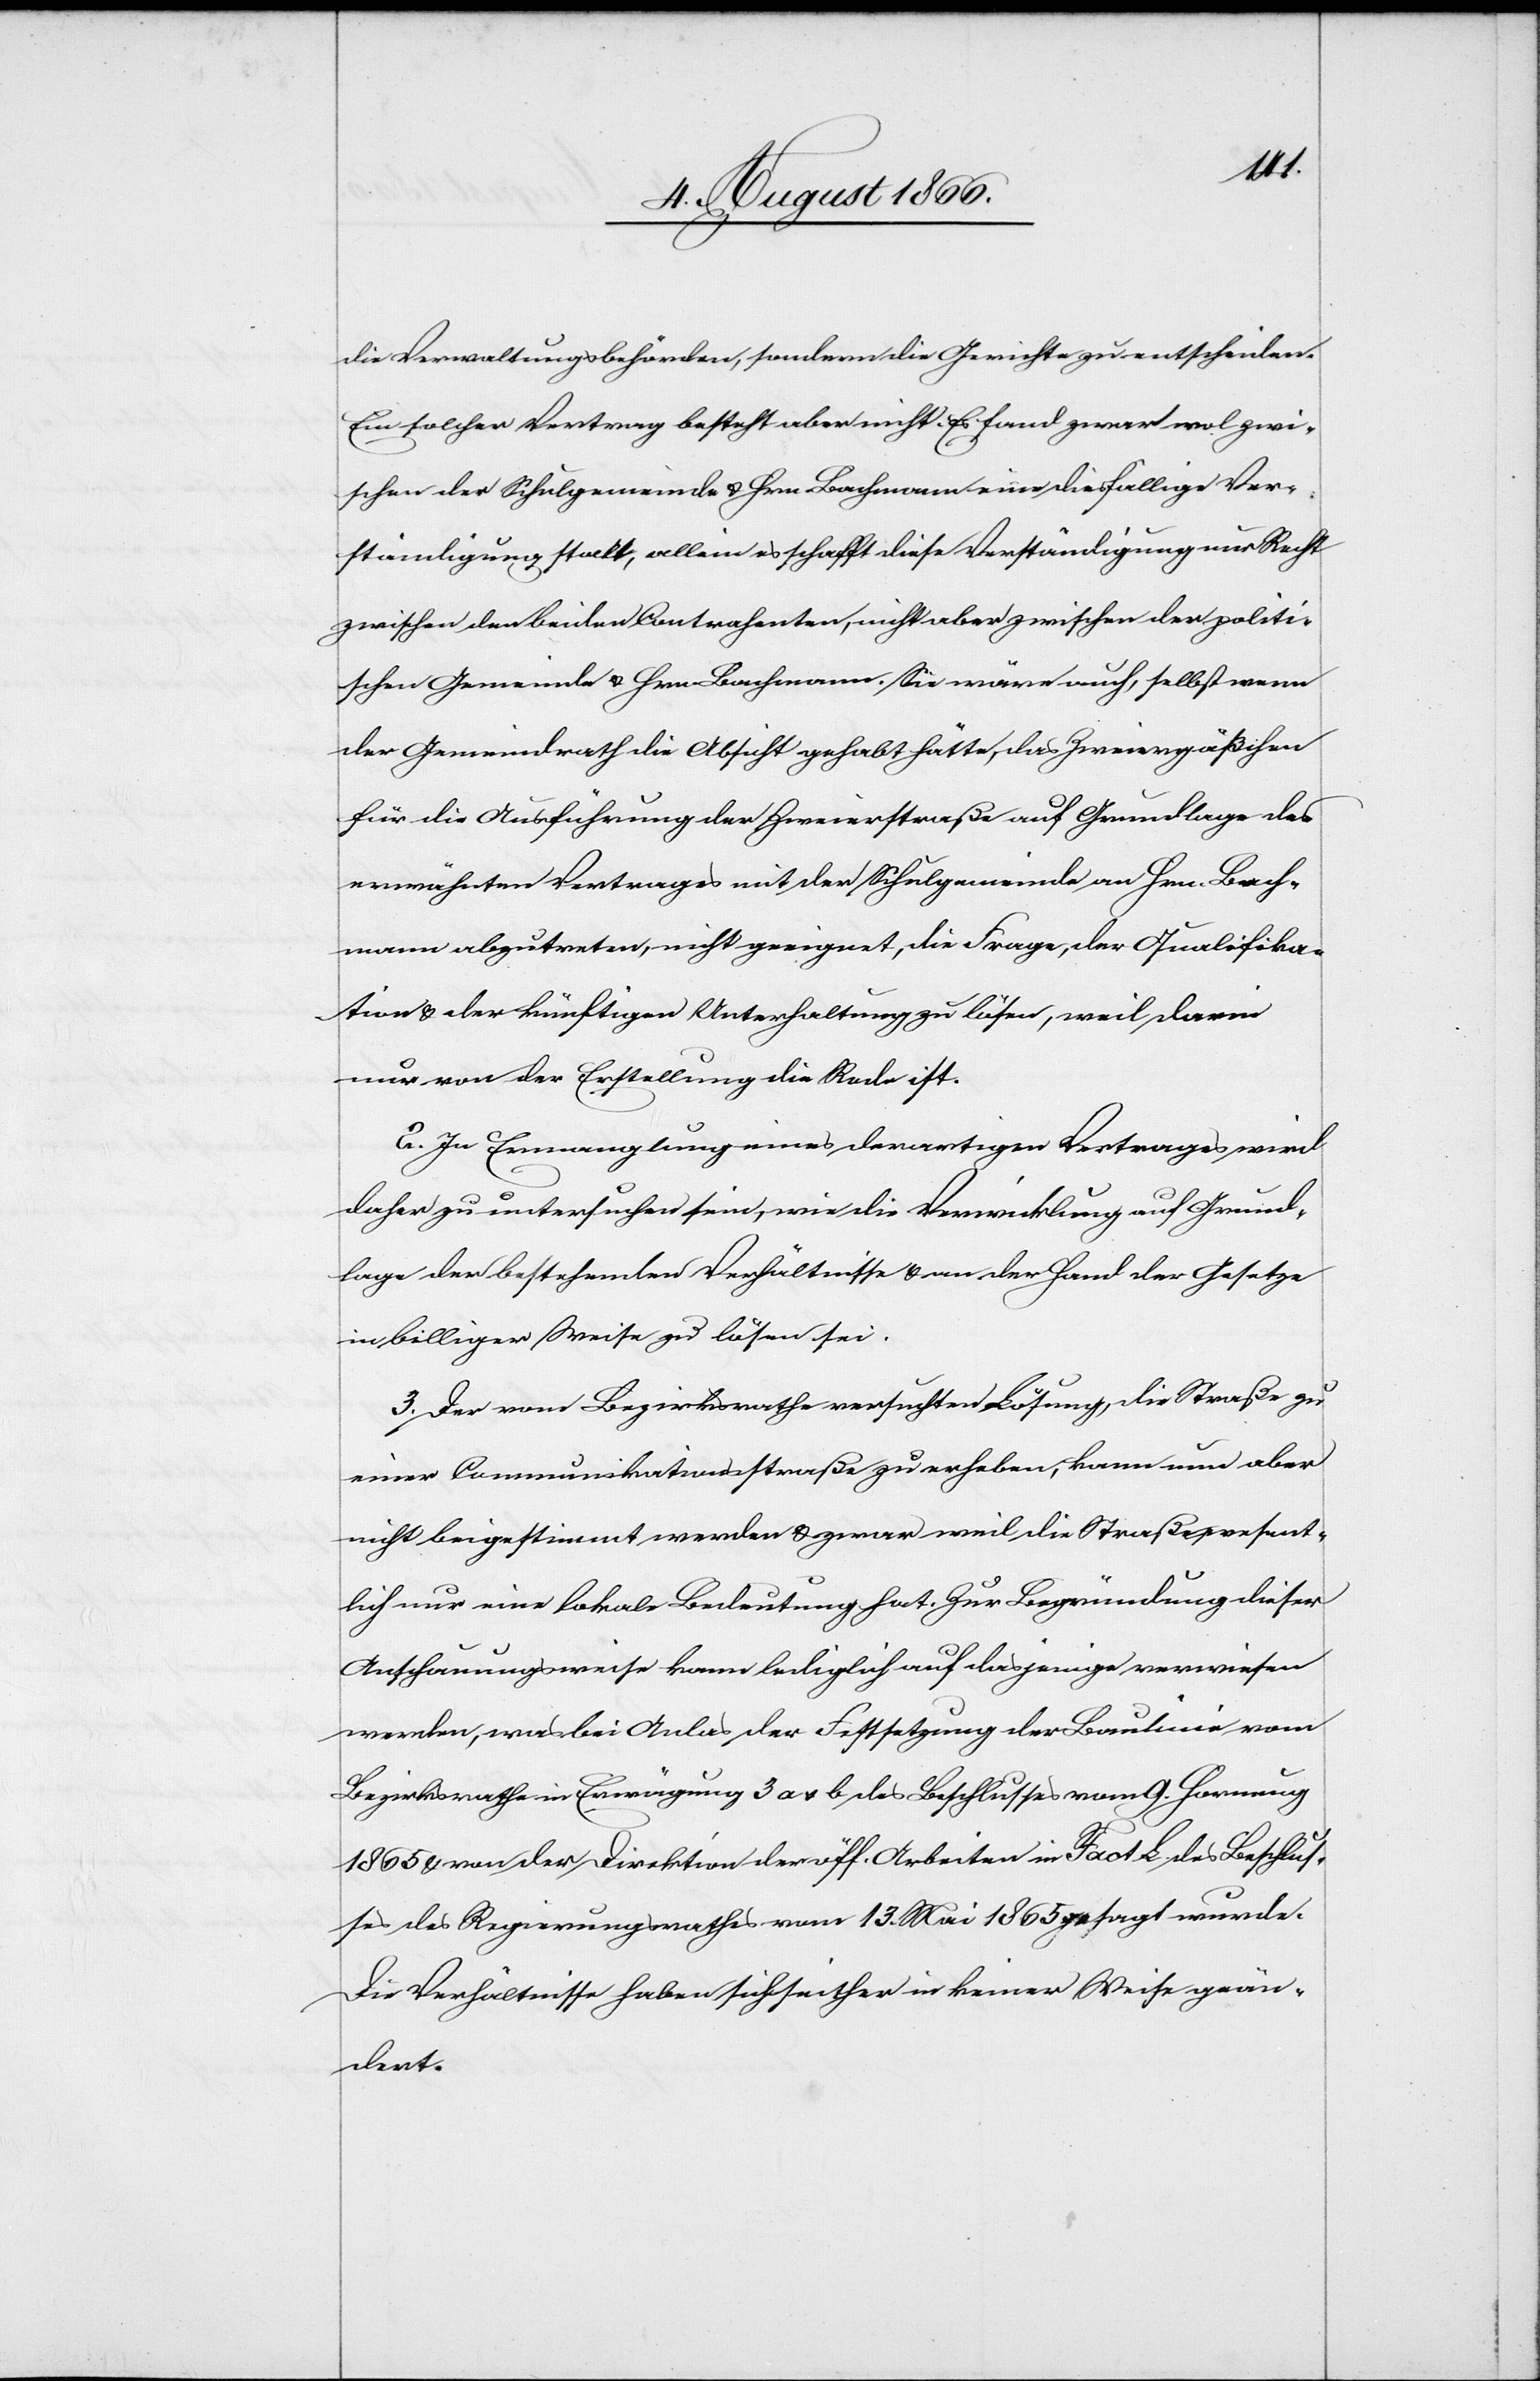
die Verwaltungsbehörden, sondern die Gerichte zu entscheiden.
Ein solcher Vertrag besteht aber nicht. Es fand zwar wol zwi¬
schen der Schulgemeinde u. Hrn. Bachmann eine diesfällige Ver¬
ständigung statt, allein es schafft diese Verständigung nur Recht
zwischen den beiden Contrahenten, nicht aber zwischen der politi¬
schen Gemeinde u. Hrn. Bachmann. Sie wäre auch, selbst wenn
der Gemeindrath die Absicht gehabt hätte, das Zweiergäßchen
für die Ausführung der Zweierstraße auf Grundlage des
erwähnten Vertrages mit der Schulgemeinde an Hrn. Bach¬
mann abzutreten, nicht geeignet, die Frage der Qualifika¬
tion u. der künftigen Unterhaltung zu lösen, weil darin
nur von der Erstellung die Rede ist.
2. In Ermangelung eines derartigen Vertrages wird
daher zu untersuchen sein, wie die Verwicklung auf Grund¬
lage der bestehenden Verhältnisse u. an der Hand der Gesetze
in billiger Weise zu lösen sei.
3. Der vom Bezirksrathe versuchten Lösung, die Straße zu
einer Communikationsstraße zu erheben, kann nun aber
nicht beigestimmt werden zwar weil die Straße present¬
lich nur eine lokale Bedeutung hat. Zur Begründung dieser
Anschauungsweise kann lediglich auf dasjenige verwiesen
werden, was bei Anlas der Festsetzung der Baulinie vom
Bezirksrathe in Erwägung 3 a u. b des Beschlusses vom 9. Hornung
1865 u. von der Direktion der öff. Arbeiten in Fact. B. des Beschlus¬
ses des Regierungsrathes vom 13. Mai 1865 gesagt wurde.
Die Verhältnisse haben sich seither in keiner Weise geän¬
dert.